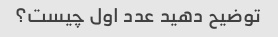
توضیح دهید عدد اول چیست؟